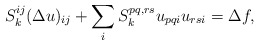
\begin{align*}S_k^{ij}(\Delta u)_{ij} + \sum_i S_k^{pq,rs}u_{pqi}u_{rsi} = \Delta f,\end{align*}